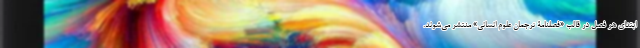
ابتدای هر فصل در قالب «فصلنامۀ ترجمان علوم انسانی» منتشر می‌شوند.